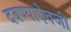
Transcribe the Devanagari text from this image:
दबण्याऐवजी